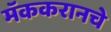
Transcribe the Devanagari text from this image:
मॅककरानचे